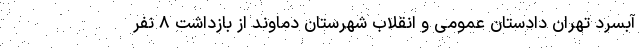
آبسرد تهران دادستان عمومی و انقلاب شهرستان دماوند از بازداشت ۸ نفر